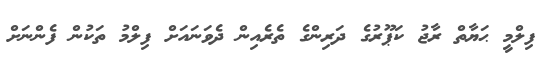
ފިލްމީ ޙަޔާތް ރާޖު ކަޕޫރުގެ ދަރިންގެ ތެރެއިން ދެވަނައަށް ފިލްމު ތަކުން ފެންނަށް